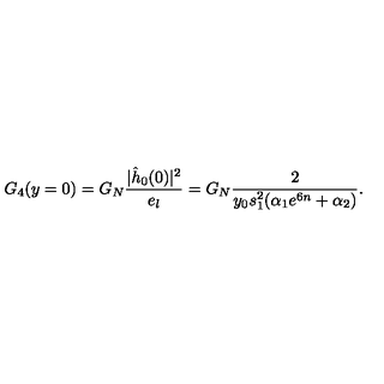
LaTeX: G _ { 4 } ( y = 0 ) = G _ { N } { \frac { | \hat { h } _ { 0 } ( 0 ) | ^ { 2 } } { e _ { l } } } = G _ { N } { \frac { 2 } { y _ { 0 } s _ { 1 } ^ { 2 } ( \alpha _ { 1 } e ^ { 6 n } + \alpha _ { 2 } ) } } .